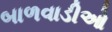
બાળવાડીઓ